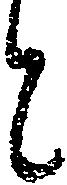
と